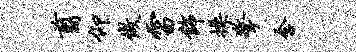
翦仰做雷饰操擎含